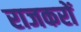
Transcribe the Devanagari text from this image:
राजकरों